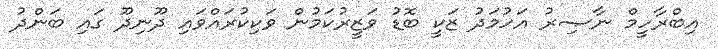
އިބްރާހީމް ނާޞިރު އަހުމަދު ޒަކީ ބޮޑު ވަޒީރުކަމުން ވަކިކުރައްވައި ދޫނިދޫ ގައި ބަންދު